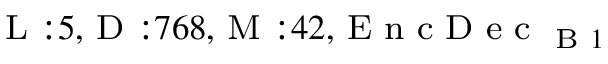
_ { \textrm { L } : 5 , \textrm { D } : 7 6 8 , \textrm { M } : 4 2 , \textrm { E n c D e c } _ { \textrm { B } 1 } }